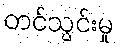
တင်သွင်းမှု